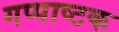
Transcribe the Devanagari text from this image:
गप्पाष्टक